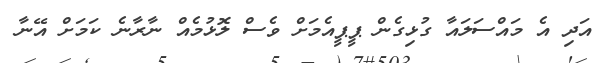
އަދި އެ މައްސަލައާ ގުޅިގެން ޕީޕީއެމަށް ވެސް ލޮޅުމެއް ނާރާނެ ކަމަށް އޭނާ